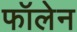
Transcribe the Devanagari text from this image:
फॉलेन